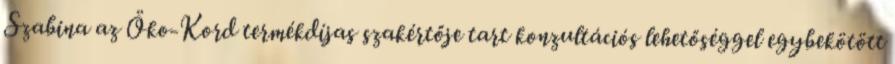
Szabina az Öko-Kord termékdíjas szakértője tart konzultációs lehetőséggel egybekötött